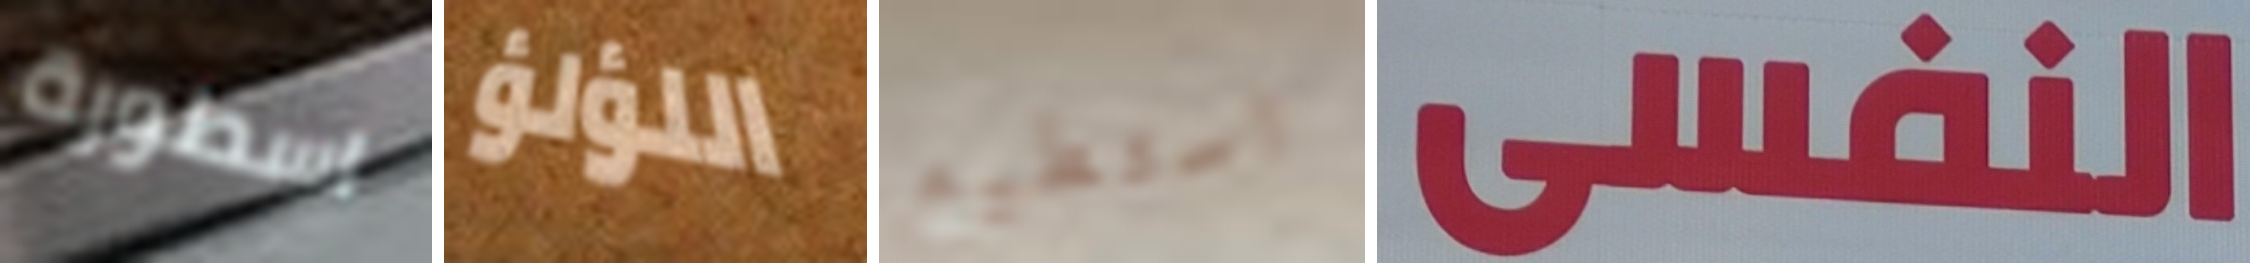
اسطورة اللؤلؤ استطيع النفيى